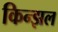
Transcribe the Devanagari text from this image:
किन्झल